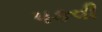
પકવી